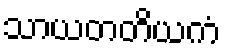
သာယတတိယကံ